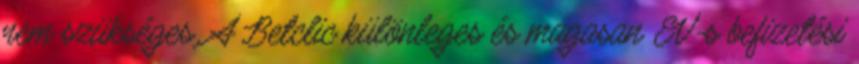
nem szükséges. A Betclic különleges és magasan EV-s befizetési